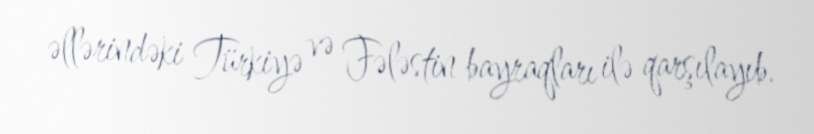
əllərindəki Türkiyə və Fələstin bayraqları ilə qarşılayıb.